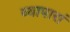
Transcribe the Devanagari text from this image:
व्यापारां